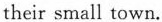
their small town.